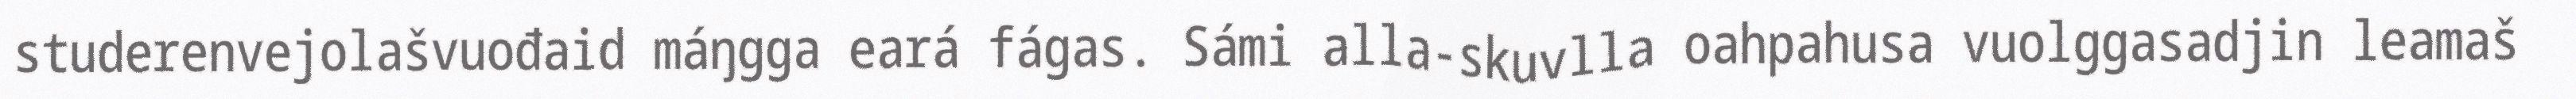
studerenvejolašvuođaid máŋgga eará fágas. Sámi alla-skuvlla oahpahusa vuolggasadjin leamaš